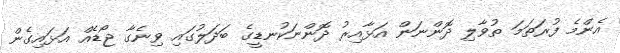
އެންމެ ފުރަތަމަ ތުވާލި ދޮންނަން އަޅާއިރު ދޮންނަކުނޑީގެ ބަދަލުގައި ވިނެގާ ޖޯޑެއް އަޅައިގެން